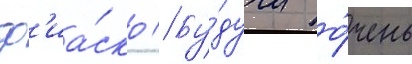
ф'иа́ско // Бу́дучи о́чень